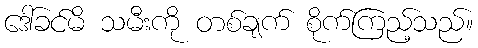
ဒေါ်ခင်မိ သမီးကို တစ်ချက် စိုက်ကြည့်သည်။